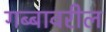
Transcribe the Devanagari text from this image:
गब्बावरील